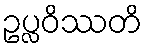
ဥပ္လဝိဿတိ